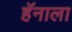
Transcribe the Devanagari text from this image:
हॅनाला